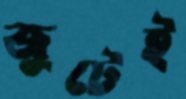
জুটেই